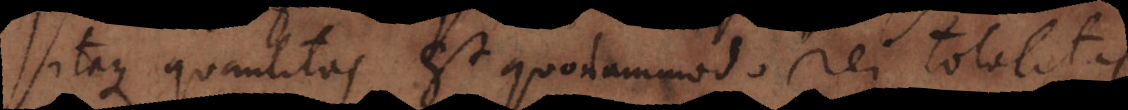
aque quantitas est quodammodo rei totalitas.